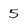
Character: 5